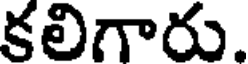
కలిగారు.